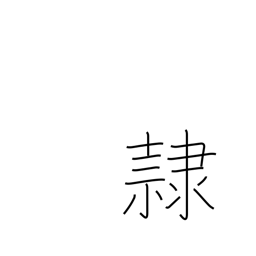
Meaning: slave